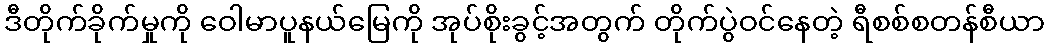
ဒီတိုက်ခိုက်မှုကို ဝေါမာပူနယ်မြေကို အုပ်စိုးခွင့်အတွက် တိုက်ပွဲဝင်နေတဲ့ ရီစစ်စတန်စီယာ